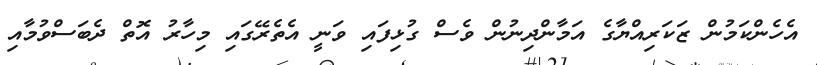
އެހެންކަމުން ޒަކަރިއްޔާގެ އަމާންދިނުން ވެސް ގުޅިފައި ވަނީ އެތެރޭގައި މިހާރު އޮތް ދެބަސްވުމާއި